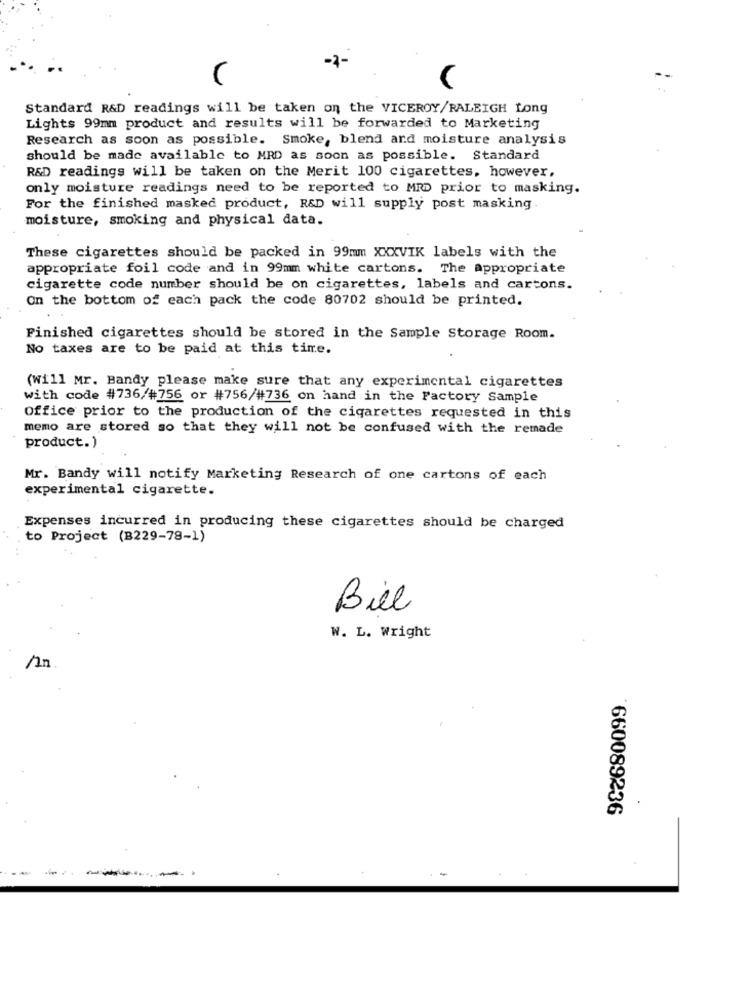
-2-
Standard R&D readings will be taken on the VICEROY/RALEIGH Long
Lights 99mm product and results will be forwarded to Marketing
Research as soon as possible. Smoke, blend and moisture analysis
should be made available to MRD as soon as possible. Standard
R&D readings will be taken on the Merit 100 cigarettes, however,
only moisture readings need to be reported to MRD prior to masking.
For the finished masked product, R&D will supply post masking.
moisture, smoking and physical data.
These cigarettes should be packed in 99mm XXXVIK labels with the
appropriate foil code and in 99mm white cartons. The appropriate
cigarette code number should be on cigarettes, labels and cartons.
on the bottom of each pack the code 80702 should be printed.
Finished cigarettes should be stored in the Sample Storage Room.
No taxes are to be paid at this time.
(Will Mr. Bandy please make sure that any experimental cigarettes
with code #736/#756 or #756/#736 on hand in the Factory sample
office prior to the production of the cigarettes requested in this
memo are stored so that they will not be confused with the remade
product. )
Mr. Bandy will notify Marketing Research of one cartons of each
experimental cigarette.
Expenses incurred in producing these cigarettes should be charged
to Project (B229-78-1)
Bill
W. L. Wright
660089236